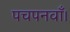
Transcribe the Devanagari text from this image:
पचपनवाँ।